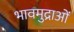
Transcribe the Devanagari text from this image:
भावमुद्राओं